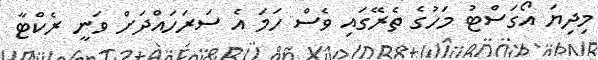
މިދިޔަ އޯގަސްޓު މަހުގެ ތެރޭގައި ވެސް ހަމަ އެ ސަރަހައްދަށް ވަނީ ރެކްޓާ